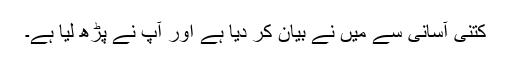
کتنی آسانی سے میں نے بیان کر دیا ہے اور آپ نے پڑھ لیا ہے۔